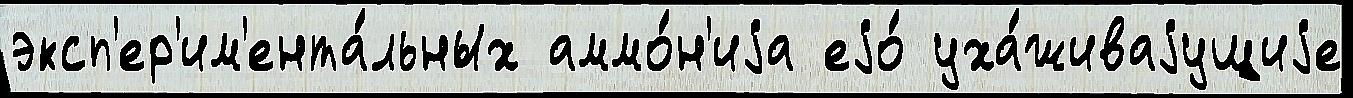
эксп'ер'им'ента́льных аммо́н'иjа еjо́ уха́живаjущиjе